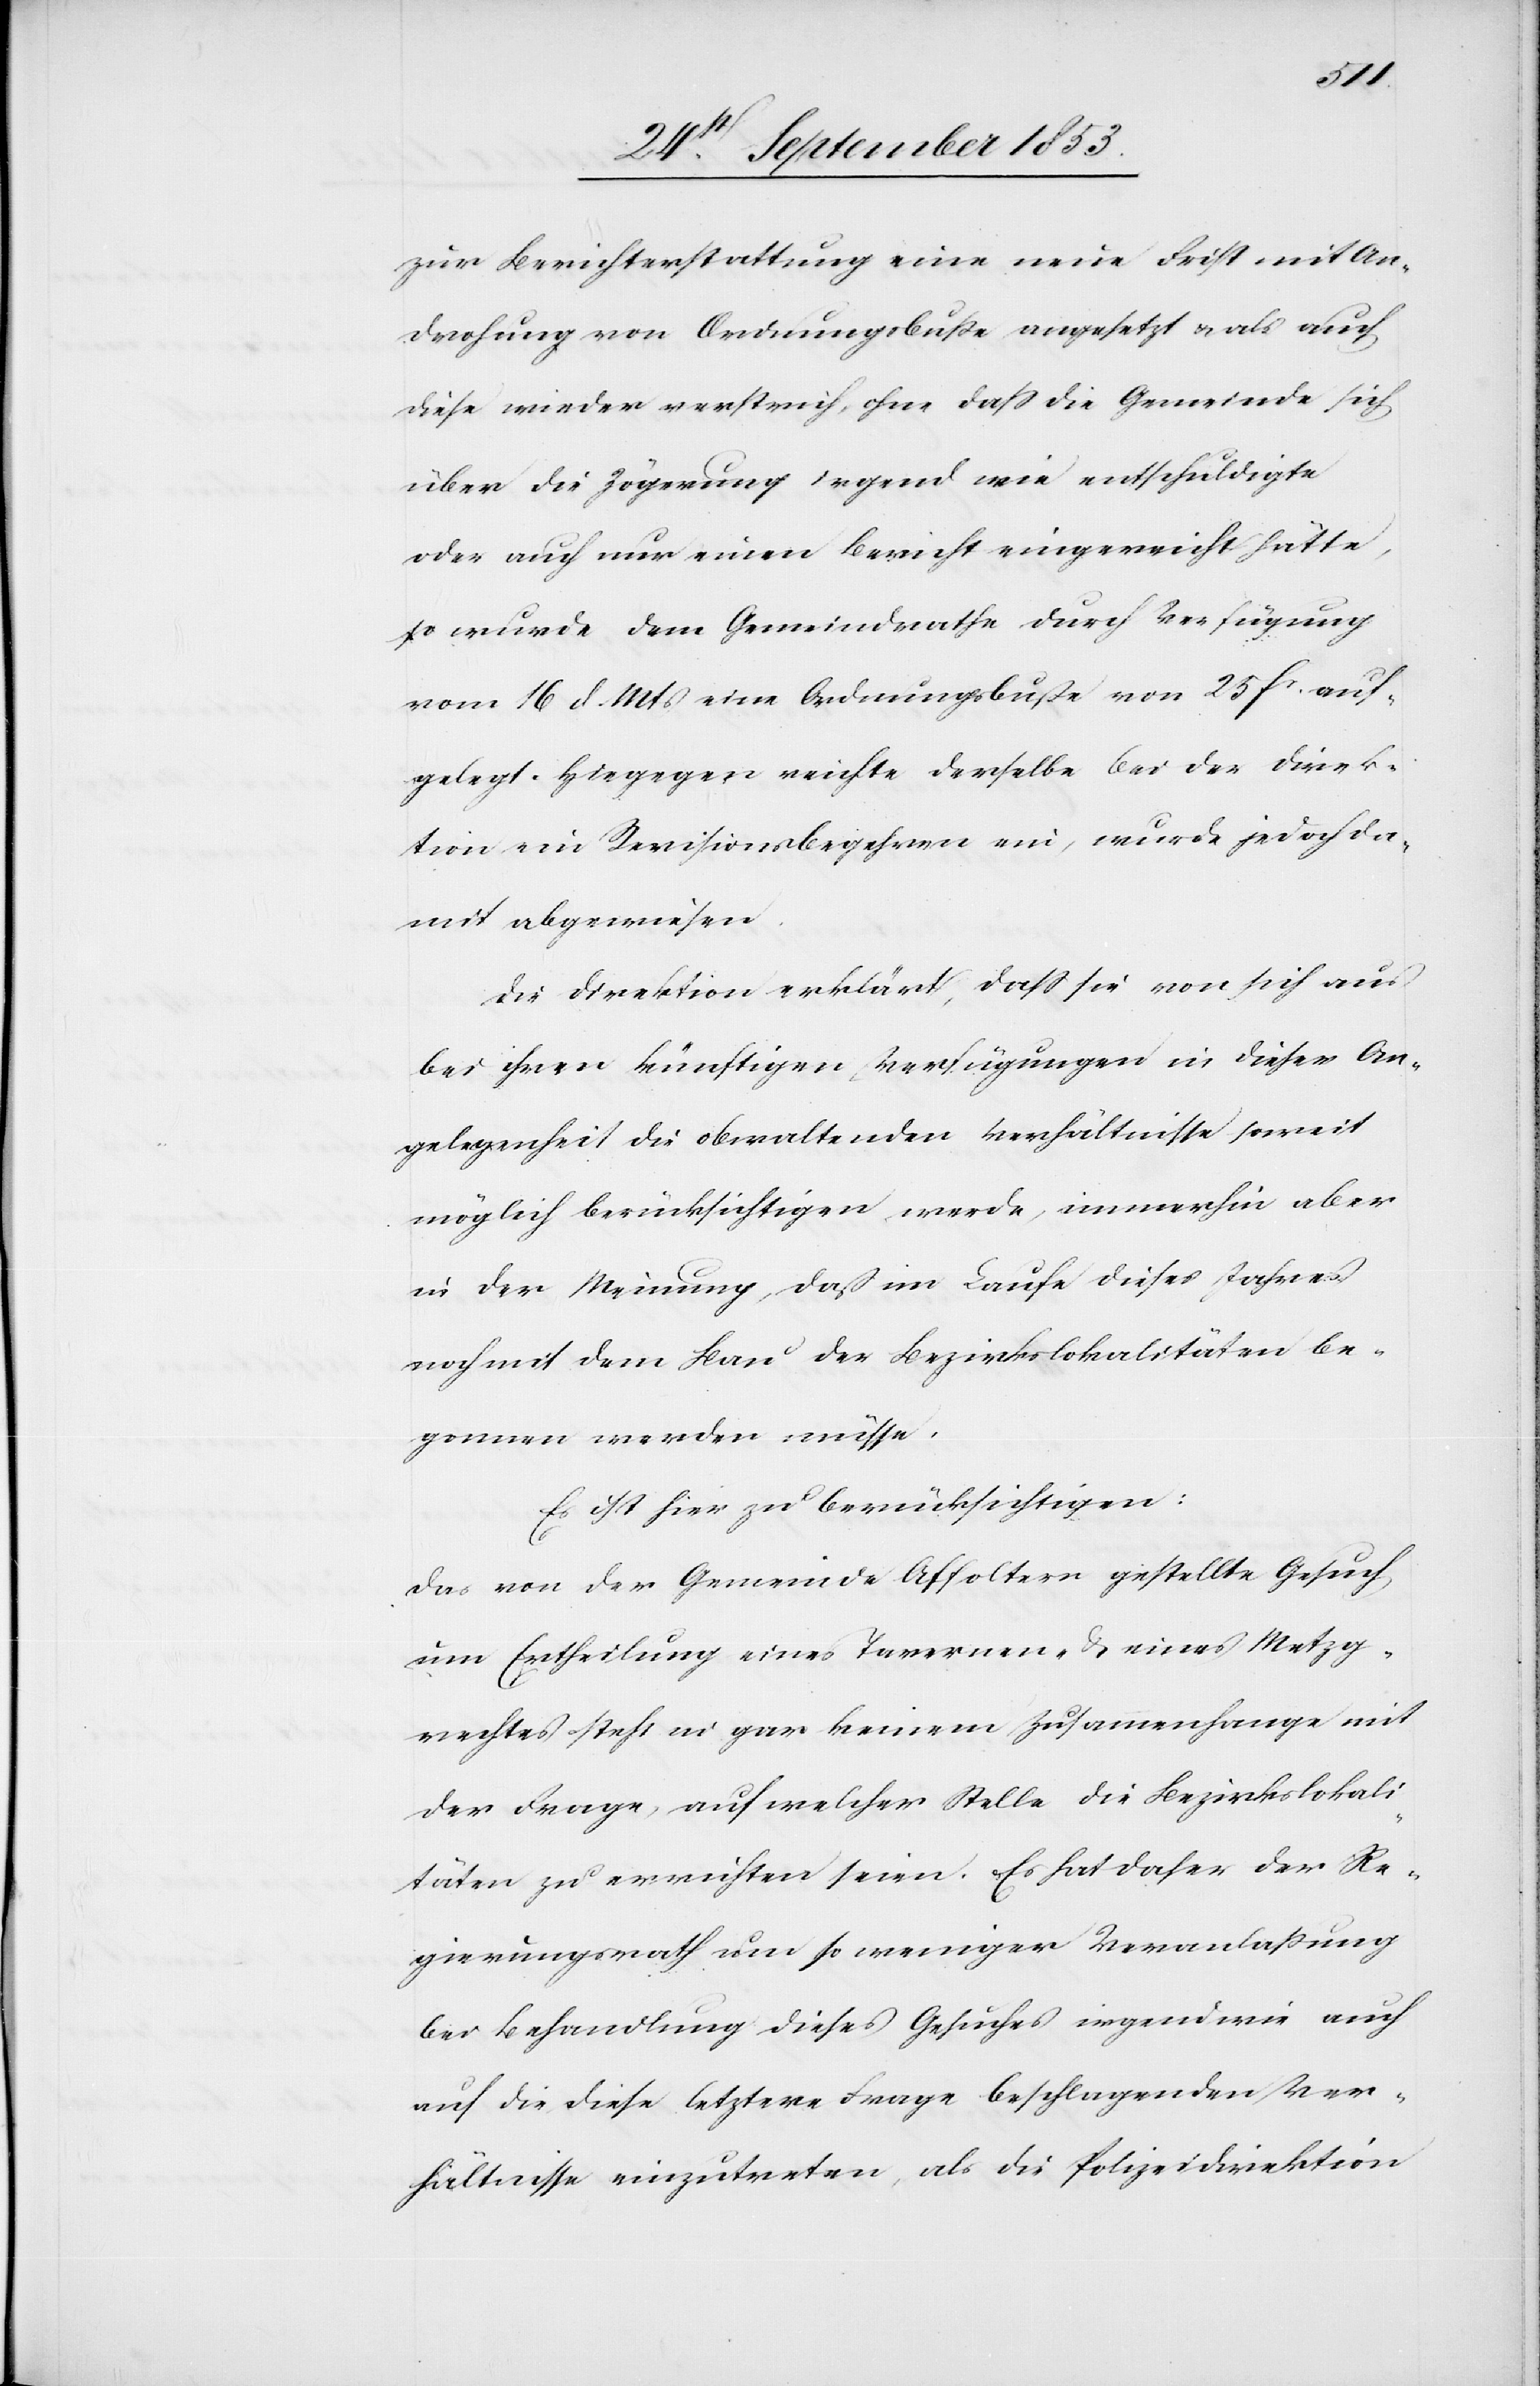
Ver¬
zur Berichterstattung eine neue Frist mit An¬
drohung von Ordnungsbuße angesetzt u. als auch
diese wieder verstrich, ohne daß die Gemeinde sich
über die Zögerung irgend wie entschuldigte
oder auch nur einen Bericht eingereicht hätte,
so wurde dem Gemeindrathe durch Verfügung
vom 16 d. Mts. eine Ordnungsbuße von 25 fr. auf¬
gelegt. Hiegegen reicht derselbe bei der Direk¬
tion der Revisionsbegehren ein, wurde jedoch da¬
mit abgewiesen.
Die Direktion erklärt, daß sie von sich aus
bei ihren künftigen Verfügungen in dieser An¬
gelegenheit die obwaltenden Verhältnisse soweit
möglich berücksichtigen werde, immerhin aber
in der Meinung, daß im Laufe dieses Jahres
noch mit dem Bau der Bezirkslokalitäten be¬
gonnen werden müsse.
Es ist hiebei zu berücksichtigen:
Das von der Gemeinde Affoltern gestellte Gesuch,
um Ertheilung eines Tavernen- u. eines Metzg¬
rechtes steht in gar keinem Zusammenhange mit
der Frage, auf welcher Stelle die Bezirkslokali¬
täten zu errichten seien. Es hat daher der Re¬
gierungsrath um so weniger Veranlaßung
bei Behandlung dieses Gesuches irgendwie auch
hältnisse einzutreten, als die Polizeidirektion